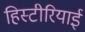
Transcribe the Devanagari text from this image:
हिस्टीरियाई